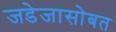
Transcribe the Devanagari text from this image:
जडेजासोबत